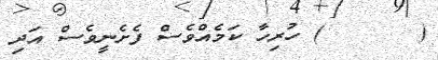
(    ١٣ ) ހުރިހާ ކަމެއްވެސް ފެށެނީވެސް އަދި